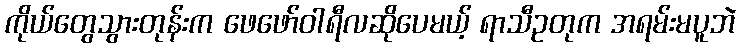
ကိုယ်တွေသွားတုန်းက ဖေဖော်ဝါရီလဆိုပေမယ့် ရာသီဥတုက အရမ်းမပူဘဲ